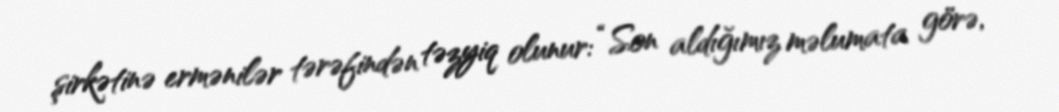
şirkətinə ermənilər tərəfindən təzyiq olunur: “Son aldığımız məlumata görə,